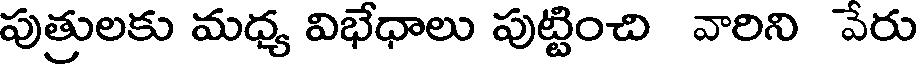
పుత్రులకు మధ్య విభేధాలు పుట్టించి వారిని వేరు